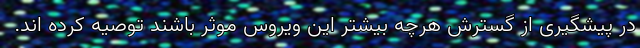
در پیشگیری از گسترش هرچه بیشترِ این ویروس موثر باشند توصیه کرده اند.